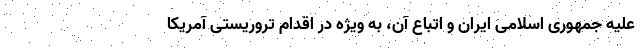
علیه جمهوری اسلامی ایران و اتباع آن، به ویژه در اقدام تروریستی آمریکا